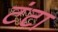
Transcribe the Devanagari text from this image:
टंटा